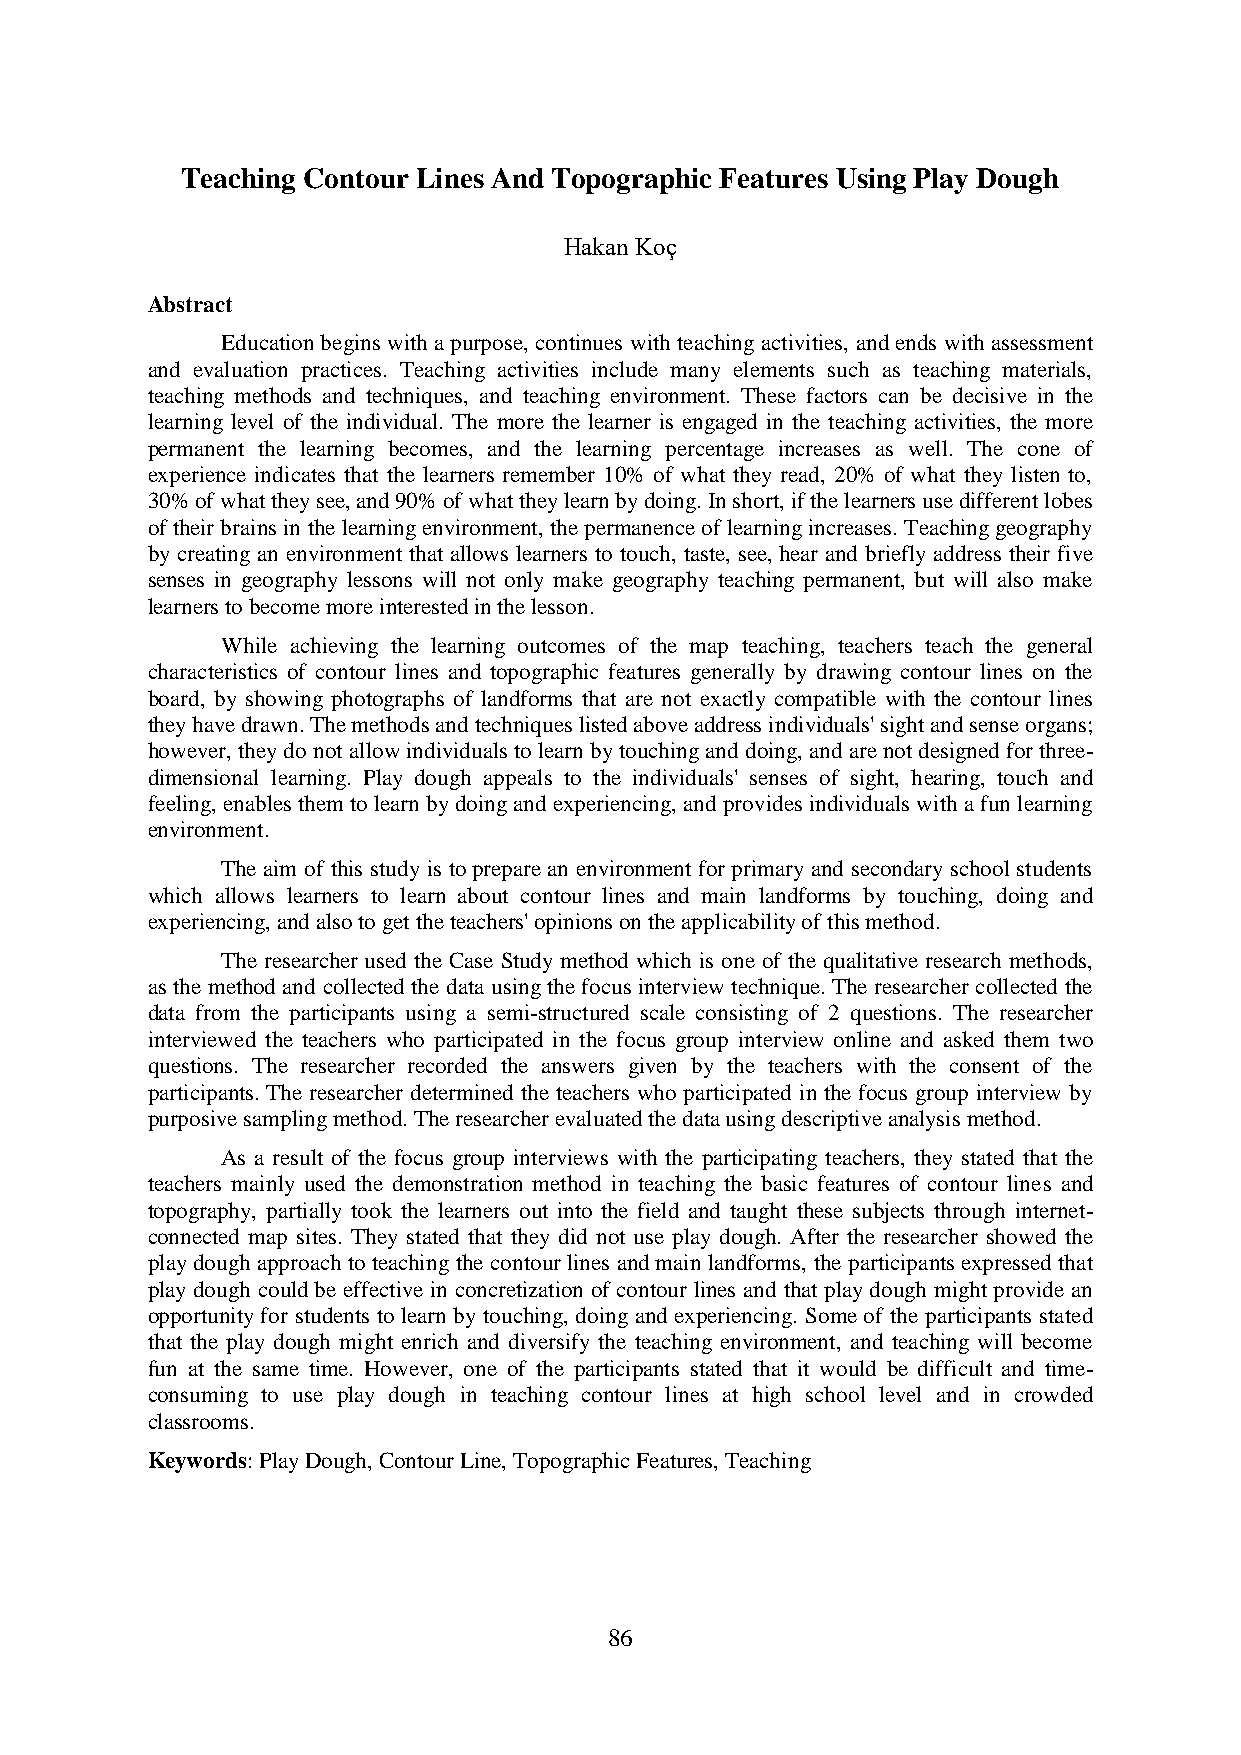
Teaching Contour Lines And Topographic Features Using Play Dough
 Hakan Koç
 Abstract
 Education begins with a purpose, continues with teaching activities, and ends with assessment
 and evaluation practices. Teaching activities include many elements such as teaching materials,
 teaching methods and techniques, and teaching environment. These factors can be decisive in the
 learning level of the individual. The more the learner is engaged in the teaching activities, the more
 permanent the learning becomes, and the learning percentage increases as well. The cone of
 experience indicates that the learners remember 10% of what they read, 20% of what they listen to,
 30% of what they see, and 90% of what they learn by doing. In short, if the learners use different lobes
 of their brains in the learning environment, the permanence of learning increases. Teaching geography
 by creating an environment that allows learners to touch, taste, see, hear and briefly address their five
 senses in geography lessons will not only make geography teaching permanent, but will also make
 learners to become more interested in the lesson.
 While achieving the learning outcomes of the map teaching, teachers teach the general
 characteristics of contour lines and topographic features generally by drawing contour lines on the
 board, by showing photographs of landforms that are not exactly compatible with the contour lines
 they have drawn. The methods and techniques listed above address individuals' sight and sense organs;
 however, they do not allow individuals to learn by touching and doing, and are not designed for three-
 dimensional learning. Play dough appeals to the individuals' senses of sight, hearing, touch and
 feeling, enables them to learn by doing and experiencing, and provides individuals with a fun learning
 environment.
 The aim of this study is to prepare an environment for primary and secondary school students
 which allows learners to learn about contour lines and main landforms by touching, doing and
 experiencing, and also to get the teachers' opinions on the applicability of this method.
 The researcher used the Case Study method which is one of the qualitative research methods,
 as the method and collected the data using the focus interview technique. The researcher collected the
 data from the participants using a semi-structured scale consisting of 2 questions. The researcher
 interviewed the teachers who participated in the focus group interview online and asked them two
 questions. The researcher recorded the answers given by the teachers with the consent of the
 participants. The researcher determined the teachers who participated in the focus group interview by
 purposive sampling method. The researcher evaluated the data using descriptive analysis method.
 As a result of the focus group interviews with the participating teachers, they stated that the
 teachers mainly used the demonstration method in teaching the basic features of contour lines and
 topography, partially took the learners out into the field and taught these subjects through internet-
 connected map sites. They stated that they did not use play dough. After the researcher showed the
 play dough approach to teaching the contour lines and main landforms, the participants expressed that
 play dough could be effective in concretization of contour lines and that play dough might provide an
 opportunity for students to learn by touching, doing and experiencing. Some of the participants stated
 that the play dough might enrich and diversify the teaching environment, and teaching will become
 fun at the same time. However, one of the participants stated that it would be difficult and time-
 consuming to use play dough in teaching contour lines at high school level and in crowded
 classrooms.
 Keywords: Play Dough, Contour Line, Topographic Features, Teaching
 86